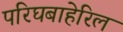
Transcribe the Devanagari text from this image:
परिघबाहेरिल